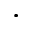
\cdot